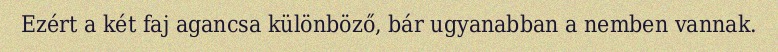
Ezért a két faj agancsa különböző, bár ugyanabban a nemben vannak.